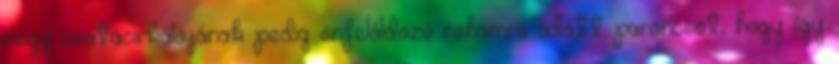
négy csatacirkálójának pedig önfeláldozó rohamra adott parancsot, hogy így